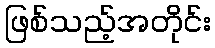
ဖြစ်သည့်အတိုင်း